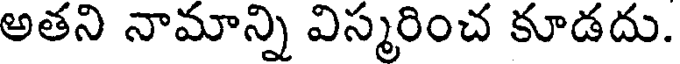
అతని నామాన్ని విస్మరించ కూడదు.